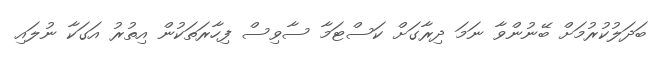
ބަދަލުކުރުމަށް ބޭނުންވާ ނަމަ ދިރާގަށް ކަސްޓަމާ ސާވިސް ފިހާރަތަކުން އިތުރު އަގަކާ ނުލައި